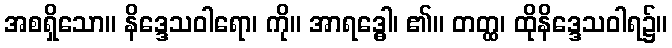
အစရှိသော။ နိဒ္ဒေသဝါရော၊ ကို။ အာရဒ္ဓေါ၊ ၏။ တတ္ထ၊ ထိုနိဒ္ဒေသဝါရ၌။